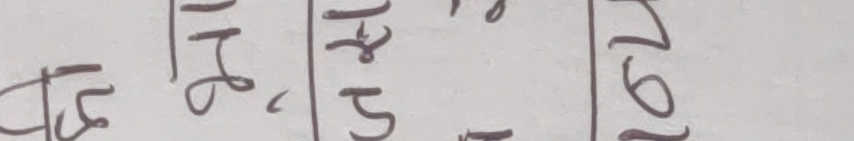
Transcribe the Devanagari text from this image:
ठ१,४,५ | १७९